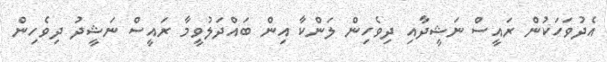
އެދުވަހަކުން ރައީސް ނަޝީދާއި ދިވެހިން ލަންކާ އިން ބައްދަލުވީމާ ރައީސް ނަޝީދު ދިވެހިން